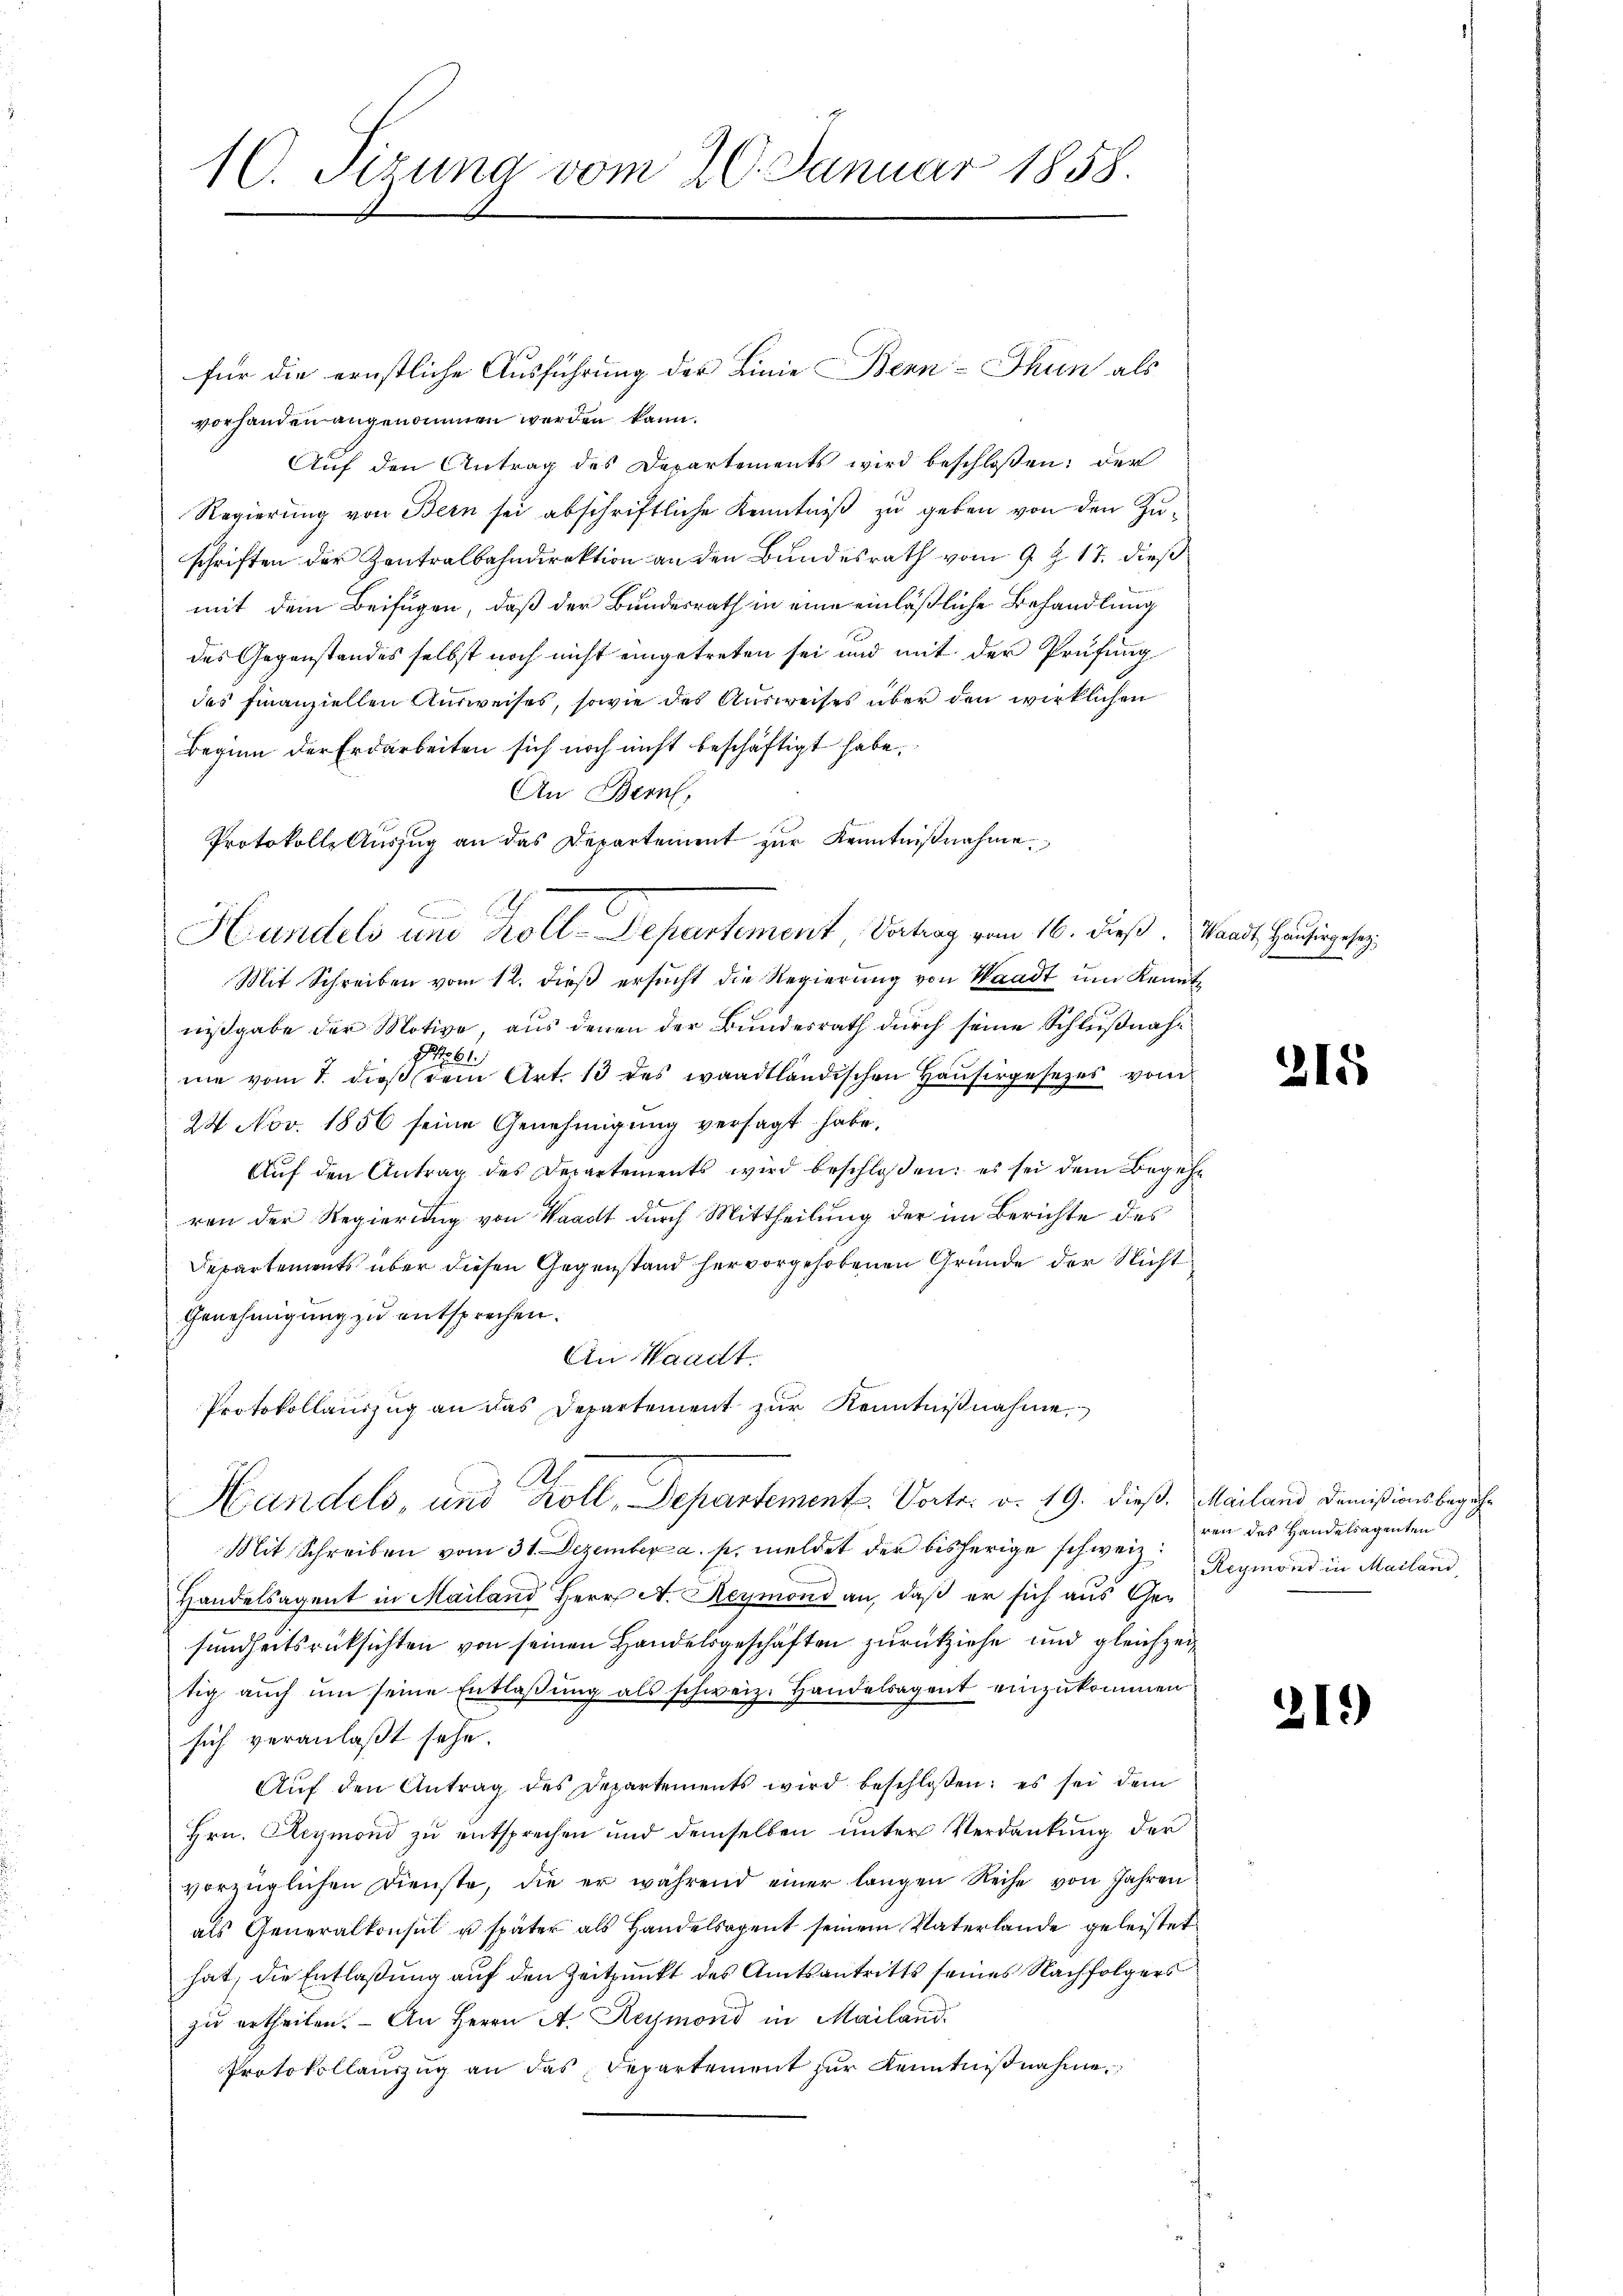
10. Sizung vom 20. Januar 1858.

für die ernstliche Ausführung der Linie Benn-Thun als
vorhanden angenommen werden kann.
Auf den Antrag des Departements wird beschloßen: der
Regierung von Bern sei abschriftliche Kenntniß zu geben von den Zuschriften der Zentralbahndirektion an den Bundesrath vom 9. Z. 17. dieß
mit dem Beifügen, daß der Bundesrath in eine einläßliche Behandlung
des Gegenstandes selbst noch nicht eingetreten sei und mit der Prüfung
des Finanziellen Ausweises, sowie des Ausweises über den wirklichen
Beginn der Erdarbeiten sich noch nicht beschäftigt habe.
An Bern,
Protokolle Auszug an das Departement zur Kenntnißnahme.
Mit Schreiben vom 12. dieß ersucht die Regierung von Waadt um Kenntnißgabe der Motive, aus denen der Bundesrath durch seine Schlußnahme vom 7. dieß ein Art. 13 des waadtländischen Hausirgesezes von
24 Nov. 1856 seine Genehmigung versagt habe.
Aŭf den Antrag des Departements wird beschloßen: es sei dem Begehr
ren der Regierung von Waadt durch Mittheilung der im Berichte des
Departements über diesen Gegenstand hervorgehobenen Gründe der Nicht
Genehmigung zu entsprechen.
An Waadt.
Protokollauszug an das Departement zur Kenntnißnahme
Handels, und Koll, Departement. Vorte: v. 19. dieß. Mailand, damisionsbegeh¬
Mit Schreiben vom 31. Dezember a. p. meldet der bisherige schweiz.
Handelsagent in Mailand Herr A. Reymond an, daß er sich aus Gesundheitsrücksichten von seinen Handelsgeschäften zurückziehe und gleichzeitig auch um seine Entlaßung als schweiz. Handelsagent einzukommen
sich veranlaßt sehe.
Aŭf den Antrag des Departements wird beschlossen: es sei dem
Hrn. Reymond zu entsprechen und demselben unter Verdankung der
vorzüglichen Dienste, die er während einer langen Reihe von Jahren
als Generalkonsul u. später als Handelsagent seinem Vaterlande geleistet
hat; die Entlaßung auf den Zeitpunkt des Amtsantritts seines Nachfolgers
zu ertheilen. - An Herrn A. Reymond in Mailand
Protokollaŭszŭg an das Departement zŭr Kenntniβnahme

Handels und Koll-Departement, Vatrag vom 16. dieß. Waadt, Hausingeleg

215

ren des Handelsagenten
Reymond in Mailand,

21.)